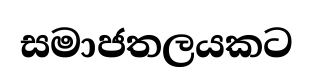
සමාජතලයකට